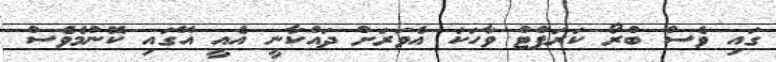
ގައި ވެސް ބްރޯ ކަރަޕްޓް ވާހަކަ އެވަރަށް ދައްކާނީ އެއީ އޭގައި ކޮންމެވެސް